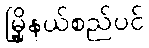
မြို့နယ်စည်ပင်